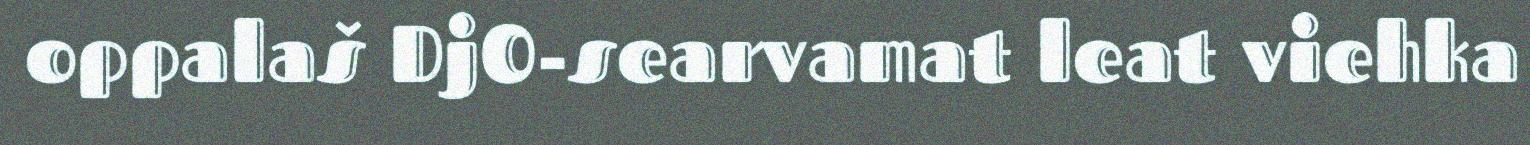
oppalaš DjO-searvamat leat viehka